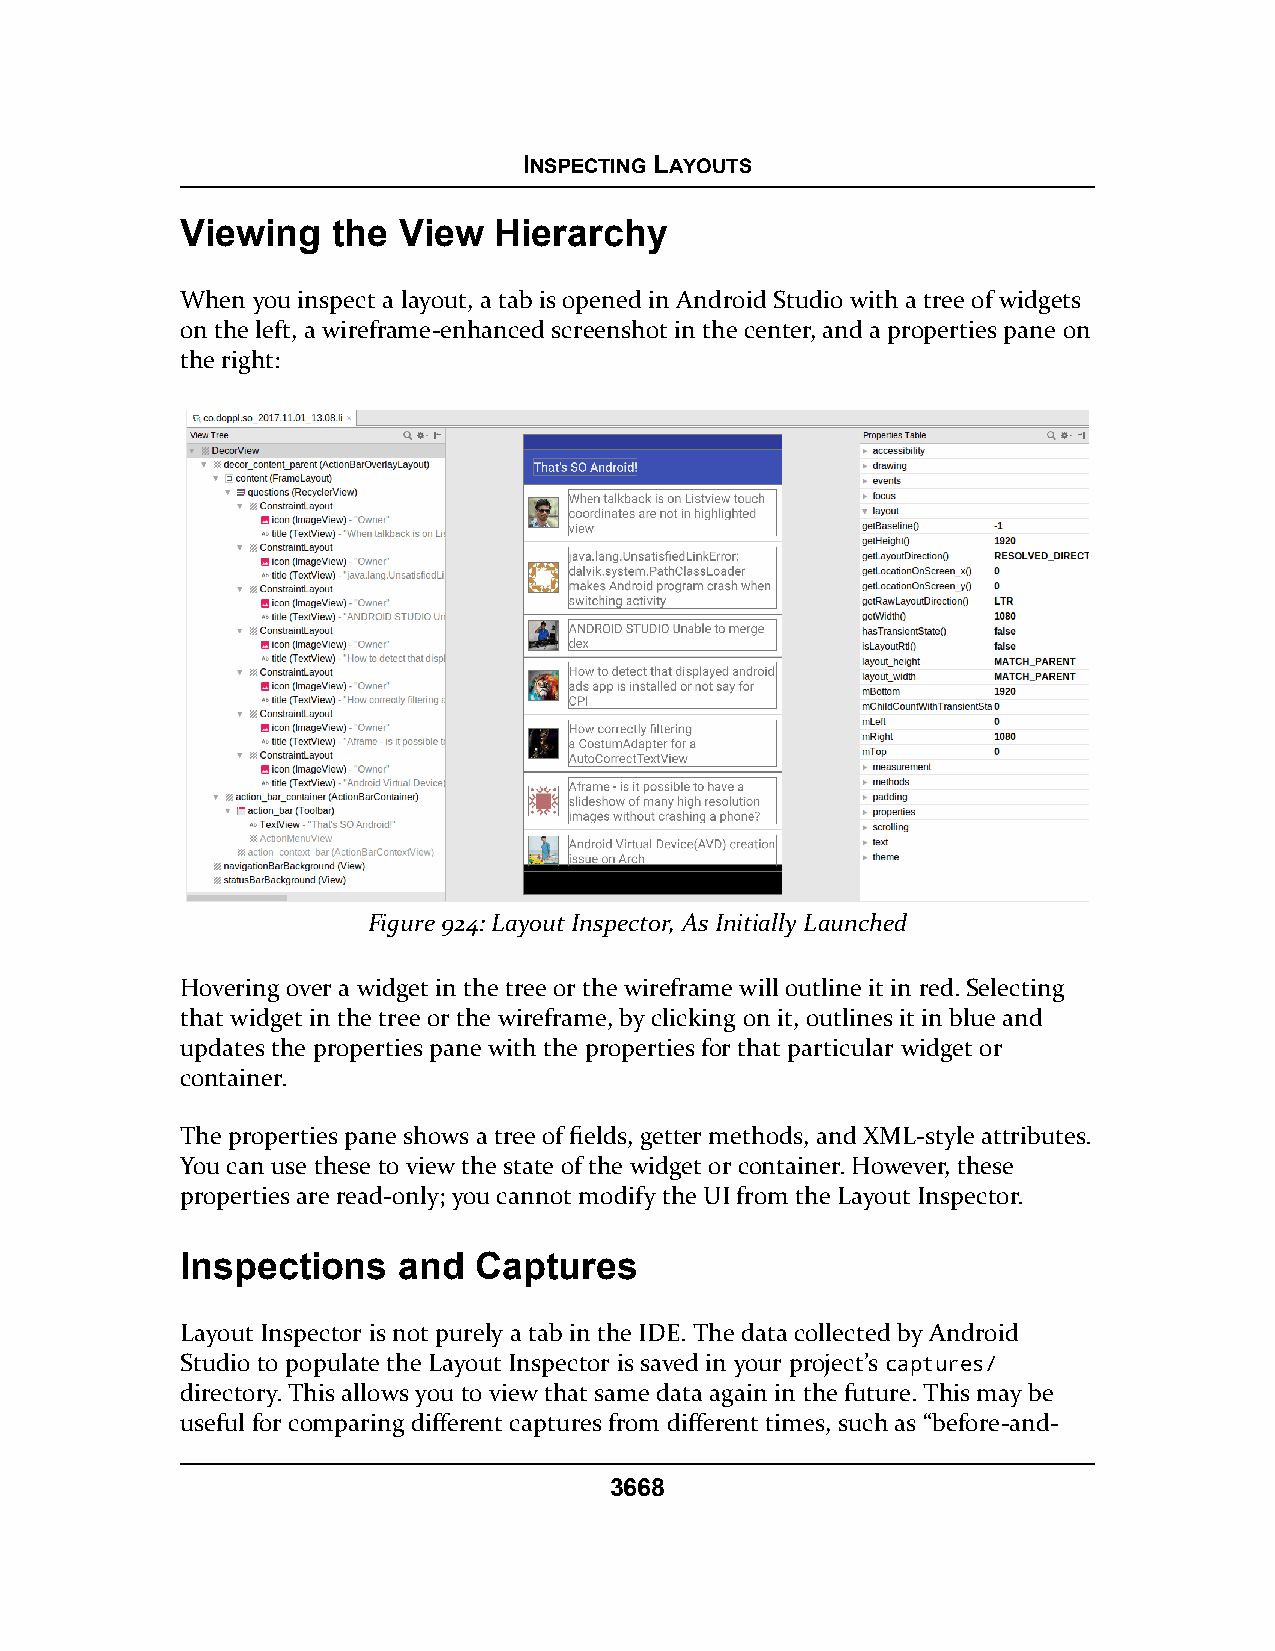
INSPECTING LAYOUTS
 Viewing   the View   Hierarchy
 When you inspect a layout, a tab is opened in Android Studio with a tree of widgets
 on the left, a wireframe-enhanced screenshot in the center, and a properties pane on
 the right:
 Figure 924: Layout Inspector, As Initially Launched
 Hovering over a widget in the tree or the wireframe will outline it in red. Selecting
 that widget in the tree or the wireframe, by clicking on it, outlines it in blue and
 updates the properties pane with the properties for that particular widget or
 container.
 The properties pane shows a tree of fields, getter methods, and XML-style attributes.
 You can use these to view the state of the widget or container. However, these
 properties are read-only; you cannot modify the UI from the Layout Inspector.
 Inspections   and  Captures
 Layout Inspector is not purely a tab in the IDE. The data collected by Android
 Studio to populate the Layout Inspector is saved in your project’s captures/
 directory. This allows you to view that same data again in the future. This may be
 useful for comparing different captures from different times, such as “before-and-
 3668